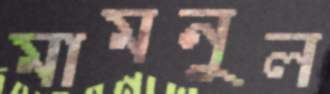
মামনুল